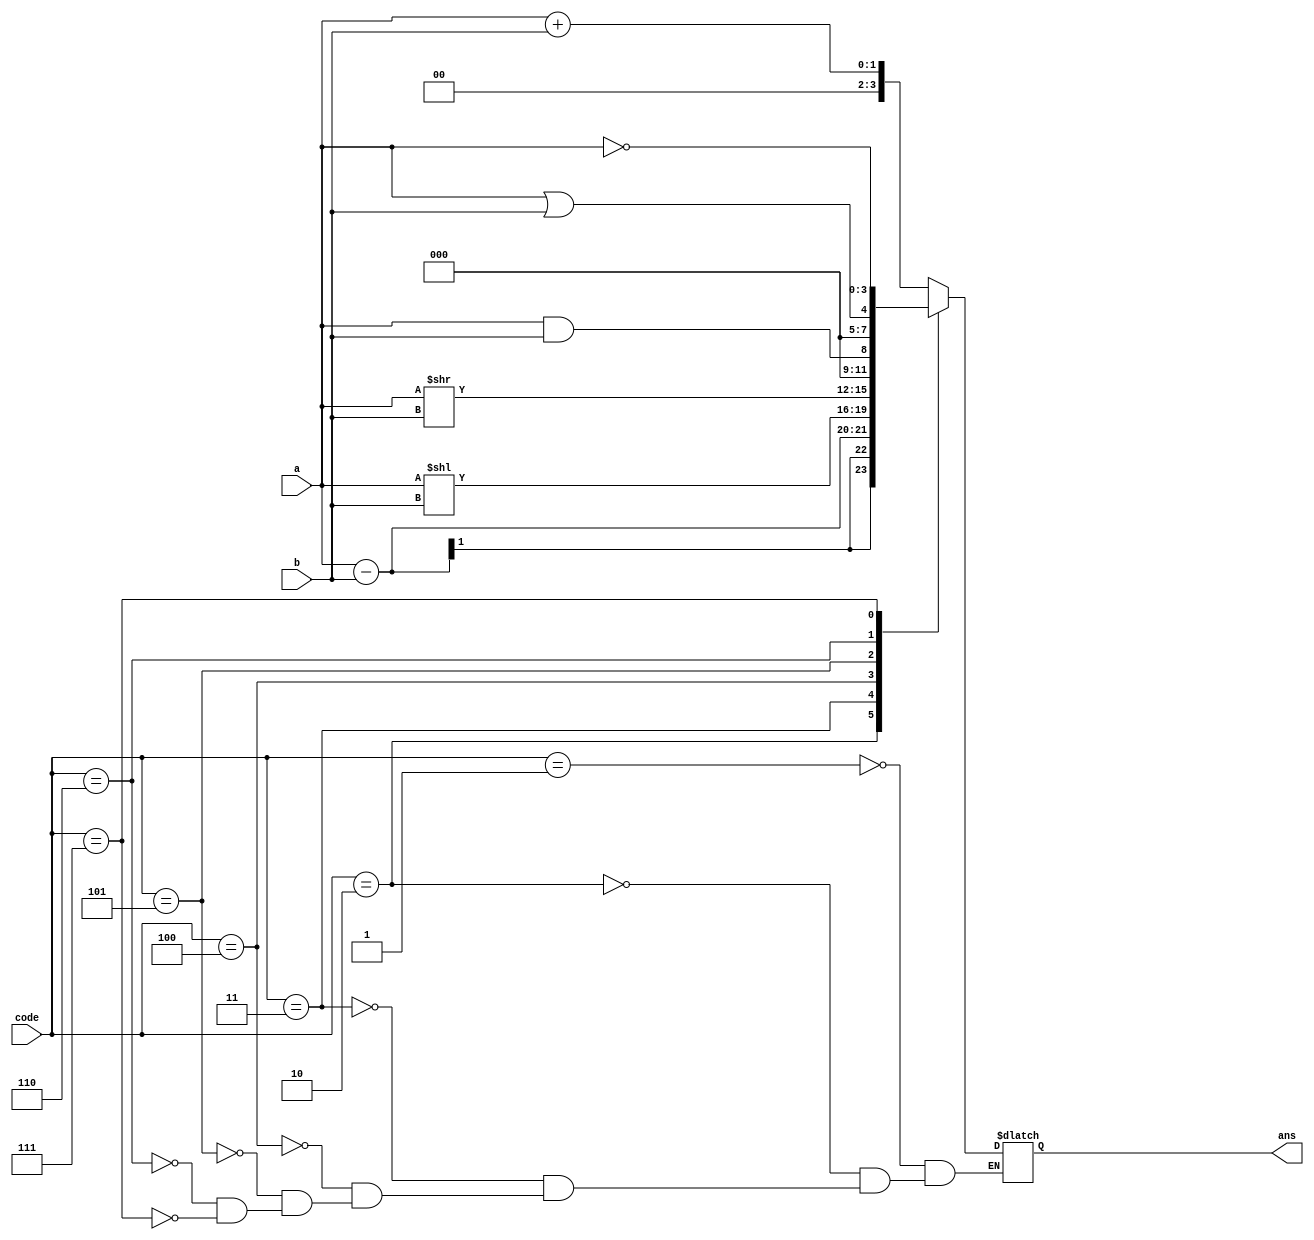
`timescale 1ns / 1ps
//////////////////////////////////////////////////////////////////////////////////
// Company: 
// Engineer: 
// 
// Design Name: 
// Module Name:    ALU 
// Project Name: 
// Target Devices: 
// Tool versions: 
// Description: 
//
// Dependencies: 
//
// Revision: 
// Revision 0.01 - File Created
// Additional Comments: 
//
//////////////////////////////////////////////////////////////////////////////////
module ALU(a,b,code,ans);
	input a,b;
	input [3:0] code;
	output [3:0] ans;
	wire a,b;
	wire [3:0] code;
	reg [3:0] ans;
	always @ (a or b or code)
	begin
	case (code)
		1: ans=a+b;
		2: ans=a-b;
		3: ans=a<<b;
		4: ans=a>>b;
		5: ans=(a&&b);
		6: ans=(a||b);
		7: ans=~a;
		default: $display("Error in code"); 
	endcase
	end
endmodule